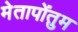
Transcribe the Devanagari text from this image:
मेतापोंतुम